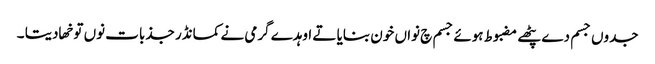
جدوں جسم دے پٹھے مضبوط ہوئے جسم چ نواں خون بنایا تے اوہدے گرمی نے کمانڈر جذبات نوں توخھا دیتا ۔